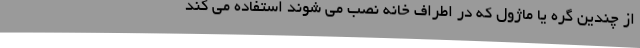
از چندین گره یا ماژول که در اطراف خانه نصب می شوند استفاده می کند